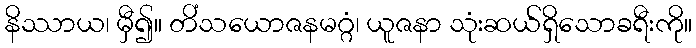
နိဿာယ၊ မှီ၍။ တိံသယောဇနမဂ္ဂံ၊ ယူဇနာ သုံးဆယ်ရှိသောခရီးကို။